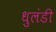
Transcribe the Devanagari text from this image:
धुलंडी